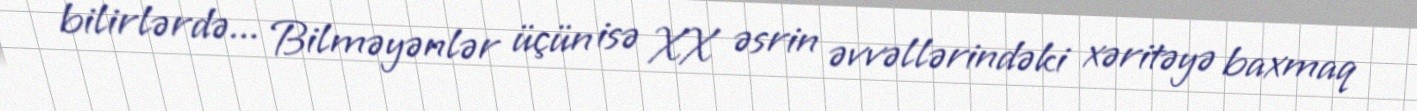
bilirlərdə... Bilməyənlər üçün isə XX əsrin əvvəllərindəki xəritəyə baxmaq